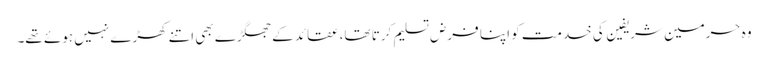
وہ حرمین شریفین کی خدمت کو اپنا فرض تسلیم کرتا تھا، عقائد کے جھگڑے بھی اتنے کھڑے نہیں ہوئے تھے۔